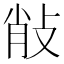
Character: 𢼼